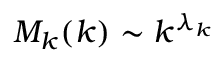
M _ { k } ( k ) \sim k ^ { \lambda _ { k } }